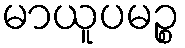
မာယူပမဉ္စ